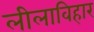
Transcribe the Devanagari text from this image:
लीलाविहार